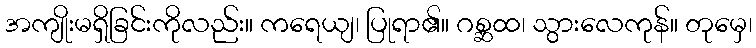
အကျိုးမရှိခြင်းကိုလည်း။ ကရေယျ၊ ပြုရာ၏။ ဂစ္ဆထ၊ သွားလေကုန်။ တုမှေ၊